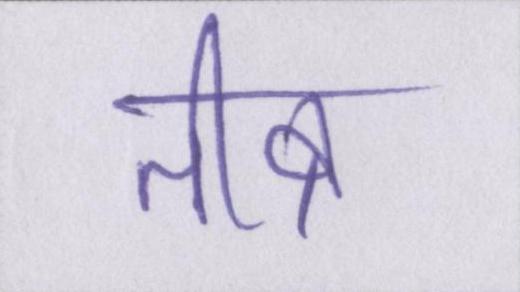
तीव्र